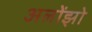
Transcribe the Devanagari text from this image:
अलोंझो